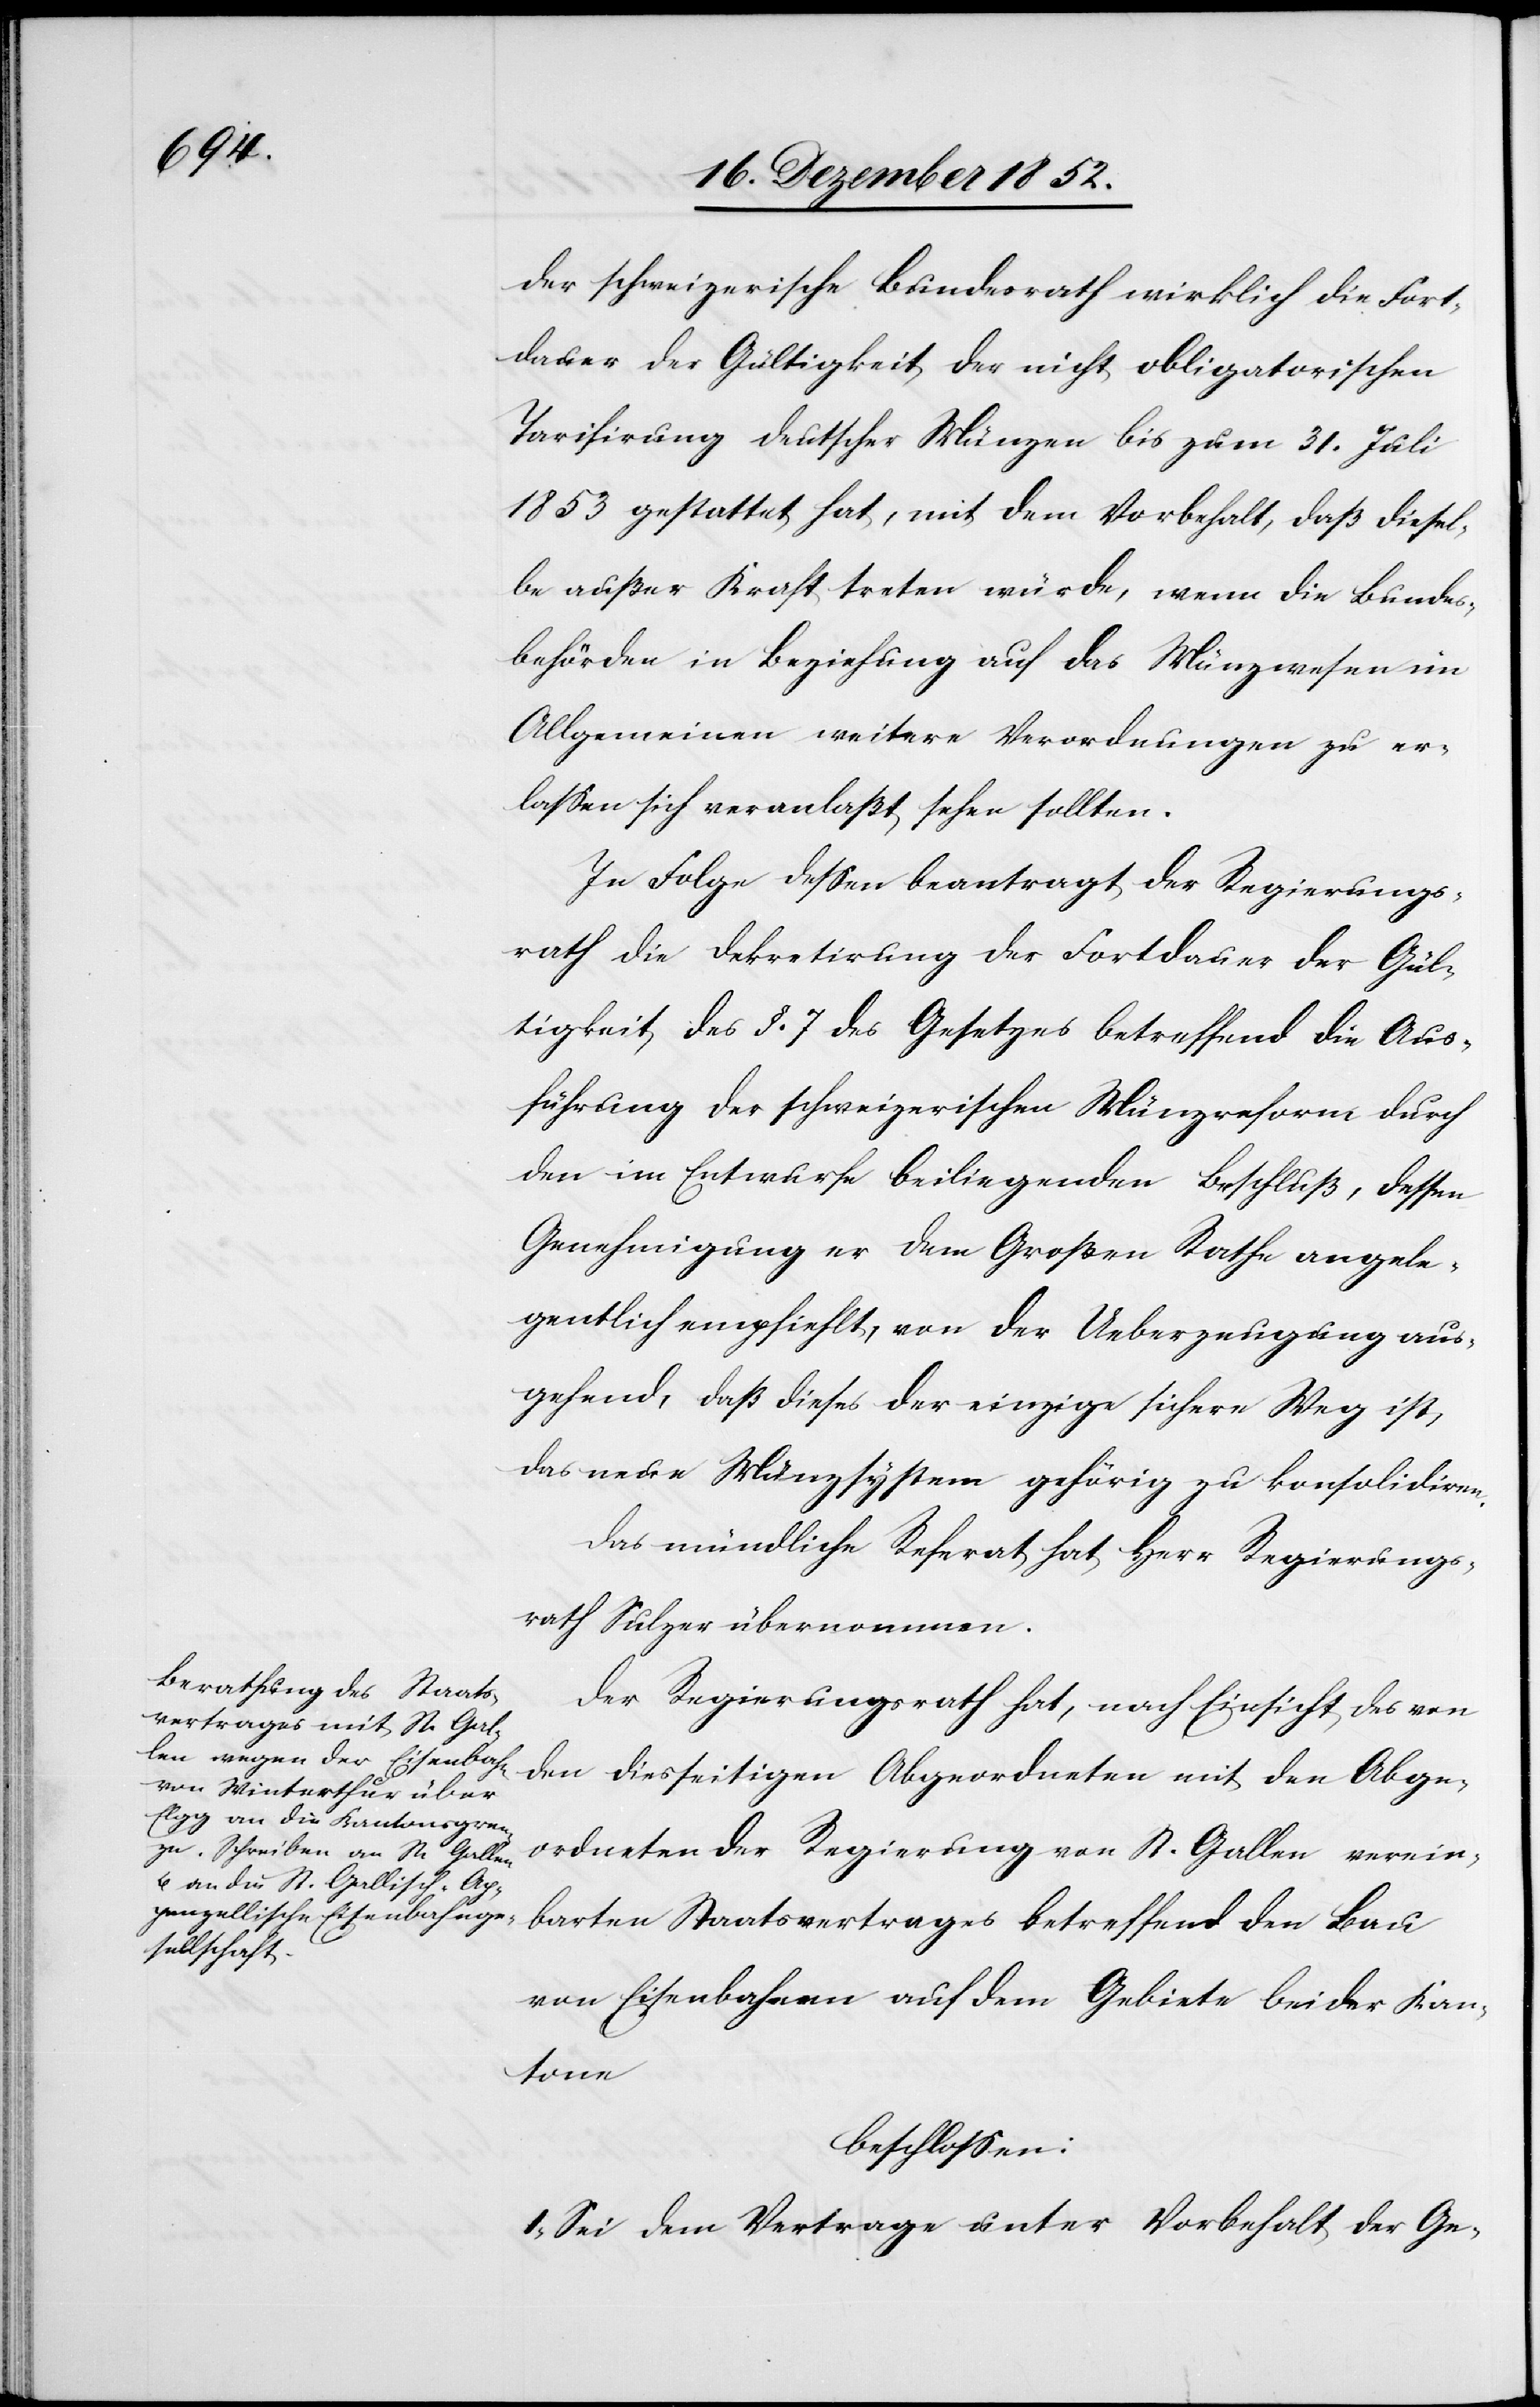
der schweizerische Bundesrath wirklich die Fort¬
dauer der Gültigkeit der nicht obligatorischen
Tarifirung deutscher Münzen bis zum 31. Juli
1853 gestattet hat, mit dem Vorbehalt, daß diesel¬
be außer Kraft treten würde, wenn die Bundes¬
behörden in Beziehung auf das Münzwesen im
Allgemeinen weitere Verordnungen zu er¬
lassen sich veranlaßt sehen sollten.
In Folge dessen beantragt der Regierungs¬
rath die Dekretirung der Fortdauer der Gül¬
tigkeit des §. 7 des Gesetzes betreffend die Aus¬
führung der schweizerischen Münzreform durch
den im Entwurfe beiliegenden Beschluß, dessen
Genehmigung er dem Großen Rathe angele¬
gentlich empfiehlt, von der Ueberzeugung aus¬
gehend, daß dieses der einzige sichere Weg ist,
das neue Münzsystem gehörig zu konsolidiren.
Das mündliche Referat hat Herr Regierungs¬
rath Sulzer übernommen.
Der Regierungsrath hat, nach Einsicht des von
den diesseitigen Abgeordneten mit den Abge¬
ordneten der Regierung von St. Gallen verein¬
barten Staatsvertrages betreffend den Bau
von Eisenbahnen auf dem Gebiete beider Kan¬
tone
beschlossen:
I, Sei dem Vertrage unter Vorbehalt der Ge-